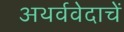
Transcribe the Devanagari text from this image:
अथर्ववेदाचें